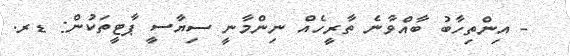
- އިންތިހާބު ބާއްވާނެ ތާރީހެއް ނިންމާނީ ސިޔާސީ ޕާޓީތަކުން: ޑރ.